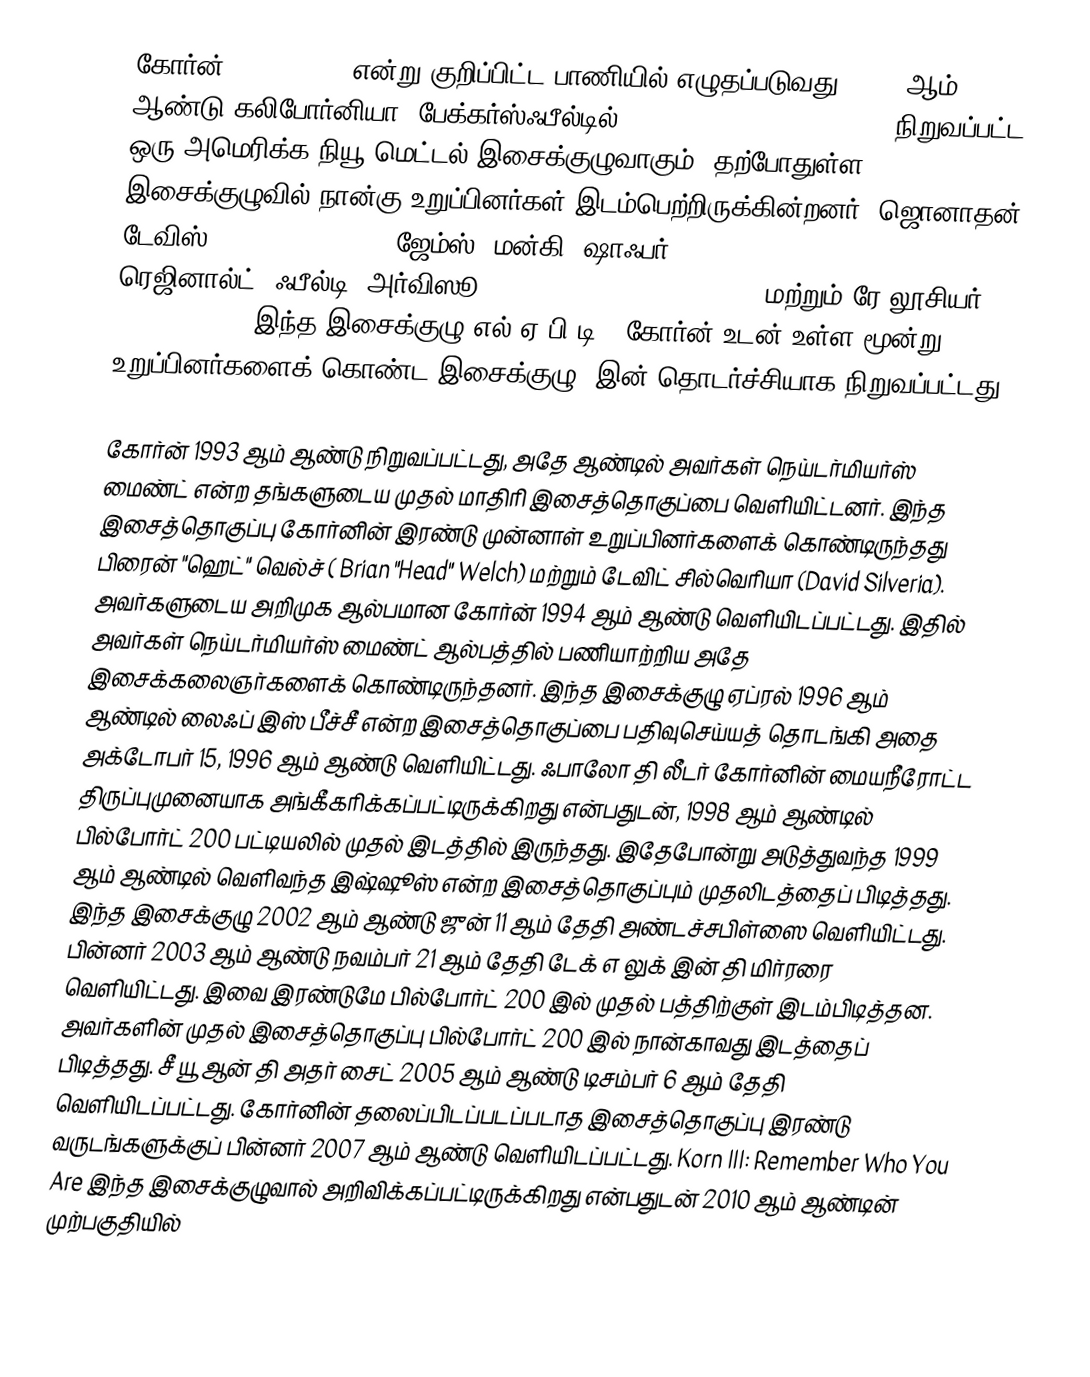
கோர்ன் (Korn, KoЯn என்று குறிப்பிட்ட பாணியில் எழுதப்படுவது) 1993 ஆம் ஆண்டு கலிபோர்னியா, பேக்கர்ஸ்ஃபீல்டில் ( Bakersfield, California) நிறுவப்பட்ட ஒரு அமெரிக்க நியூ மெட்டல் இசைக்குழுவாகும். தற்போதுள்ள இசைக்குழுவில் நான்கு உறுப்பினர்கள் இடம்பெற்றிருக்கின்றனர்: ஜொனாதன் டேவிஸ் (Jonathan Davis), ஜேம்ஸ் "மன்கி" ஷாஃபர் (James "Munky" Shaffer), ரெஜினால்ட் "ஃபீல்டி" அர்விஸூ (Reginald "Fieldy" Arvizu), மற்றும் ரே லூசியர் (Ray Luzier). இந்த இசைக்குழு எல்.ஏ.பி.டி. (கோர்ன் உடன் உள்ள மூன்று உறுப்பினர்களைக் கொண்ட இசைக்குழு) இன் தொடர்ச்சியாக நிறுவப்பட்டது.

கோர்ன் 1993 ஆம் ஆண்டு நிறுவப்பட்டது, அதே ஆண்டில் அவர்கள் நெய்டர்மியர்ஸ் மைண்ட் என்ற தங்களுடைய முதல் மாதிரி இசைத்தொகுப்பை வெளியிட்டனர். இந்த இசைத்தொகுப்பு கோர்னின் இரண்டு முன்னாள் உறுப்பினர்களைக் கொண்டிருந்தது பிரைன் "ஹெட்" வெல்ச் ( Brian "Head" Welch) மற்றும் டேவிட் சில்வெரியா (David Silveria). அவர்களுடைய அறிமுக ஆல்பமான கோர்ன் 1994 ஆம் ஆண்டு வெளியிடப்பட்டது. இதில் அவர்கள் நெய்டர்மியர்ஸ் மைண்ட் ஆல்பத்தில் பணியாற்றிய அதே இசைக்கலைஞர்களைக் கொண்டிருந்தனர். இந்த இசைக்குழு ஏப்ரல் 1996 ஆம் ஆண்டில் லைஃப் இஸ் பீச்சீ என்ற இசைத்தொகுப்பை பதிவுசெய்யத் தொடங்கி அதை அக்டோபர் 15, 1996 ஆம் ஆண்டு வெளியிட்டது. ஃபாலோ தி லீடர் கோர்னின் மையநீரோட்ட திருப்புமுனையாக அங்கீகரிக்கப்பட்டிருக்கிறது என்பதுடன், 1998 ஆம் ஆண்டில் பில்போர்ட் 200 பட்டியலில் முதல் இடத்தில் இருந்தது. இதேபோன்று அடுத்துவந்த 1999 ஆம் ஆண்டில் வெளிவந்த இஷ்ஷூஸ் என்ற இசைத்தொகுப்பும் முதலிடத்தைப் பிடித்தது. இந்த இசைக்குழு 2002 ஆம் ஆண்டு ஜுன் 11 ஆம் தேதி அண்டச்சபிள்ஸை வெளியிட்டது. பின்னர் 2003 ஆம் ஆண்டு நவம்பர் 21 ஆம் தேதி டேக் எ லுக் இன் தி மிர்ரரை வெளியிட்டது. இவை இரண்டுமே பில்போர்ட் 200 இல் முதல் பத்திற்குள் இடம்பிடித்தன. அவர்களின் முதல் இசைத்தொகுப்பு பில்போர்ட் 200 இல் நான்காவது இடத்தைப் பிடித்தது. சீ யூ ஆன் தி அதர் சைட் 2005 ஆம் ஆண்டு டிசம்பர் 6 ஆம் தேதி வெளியிடப்பட்டது. கோர்னின் தலைப்பிடப்படப்படாத இசைத்தொகுப்பு இரண்டு வருடங்களுக்குப் பின்னர் 2007 ஆம் ஆண்டு வெளியிடப்பட்டது. Korn III: Remember Who You Are இந்த இசைக்குழுவால் அறிவிக்கப்பட்டிருக்கிறது என்பதுடன் 2010 ஆம் ஆண்டின் முற்பகுதியில்